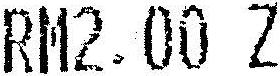
RM2.00 Z